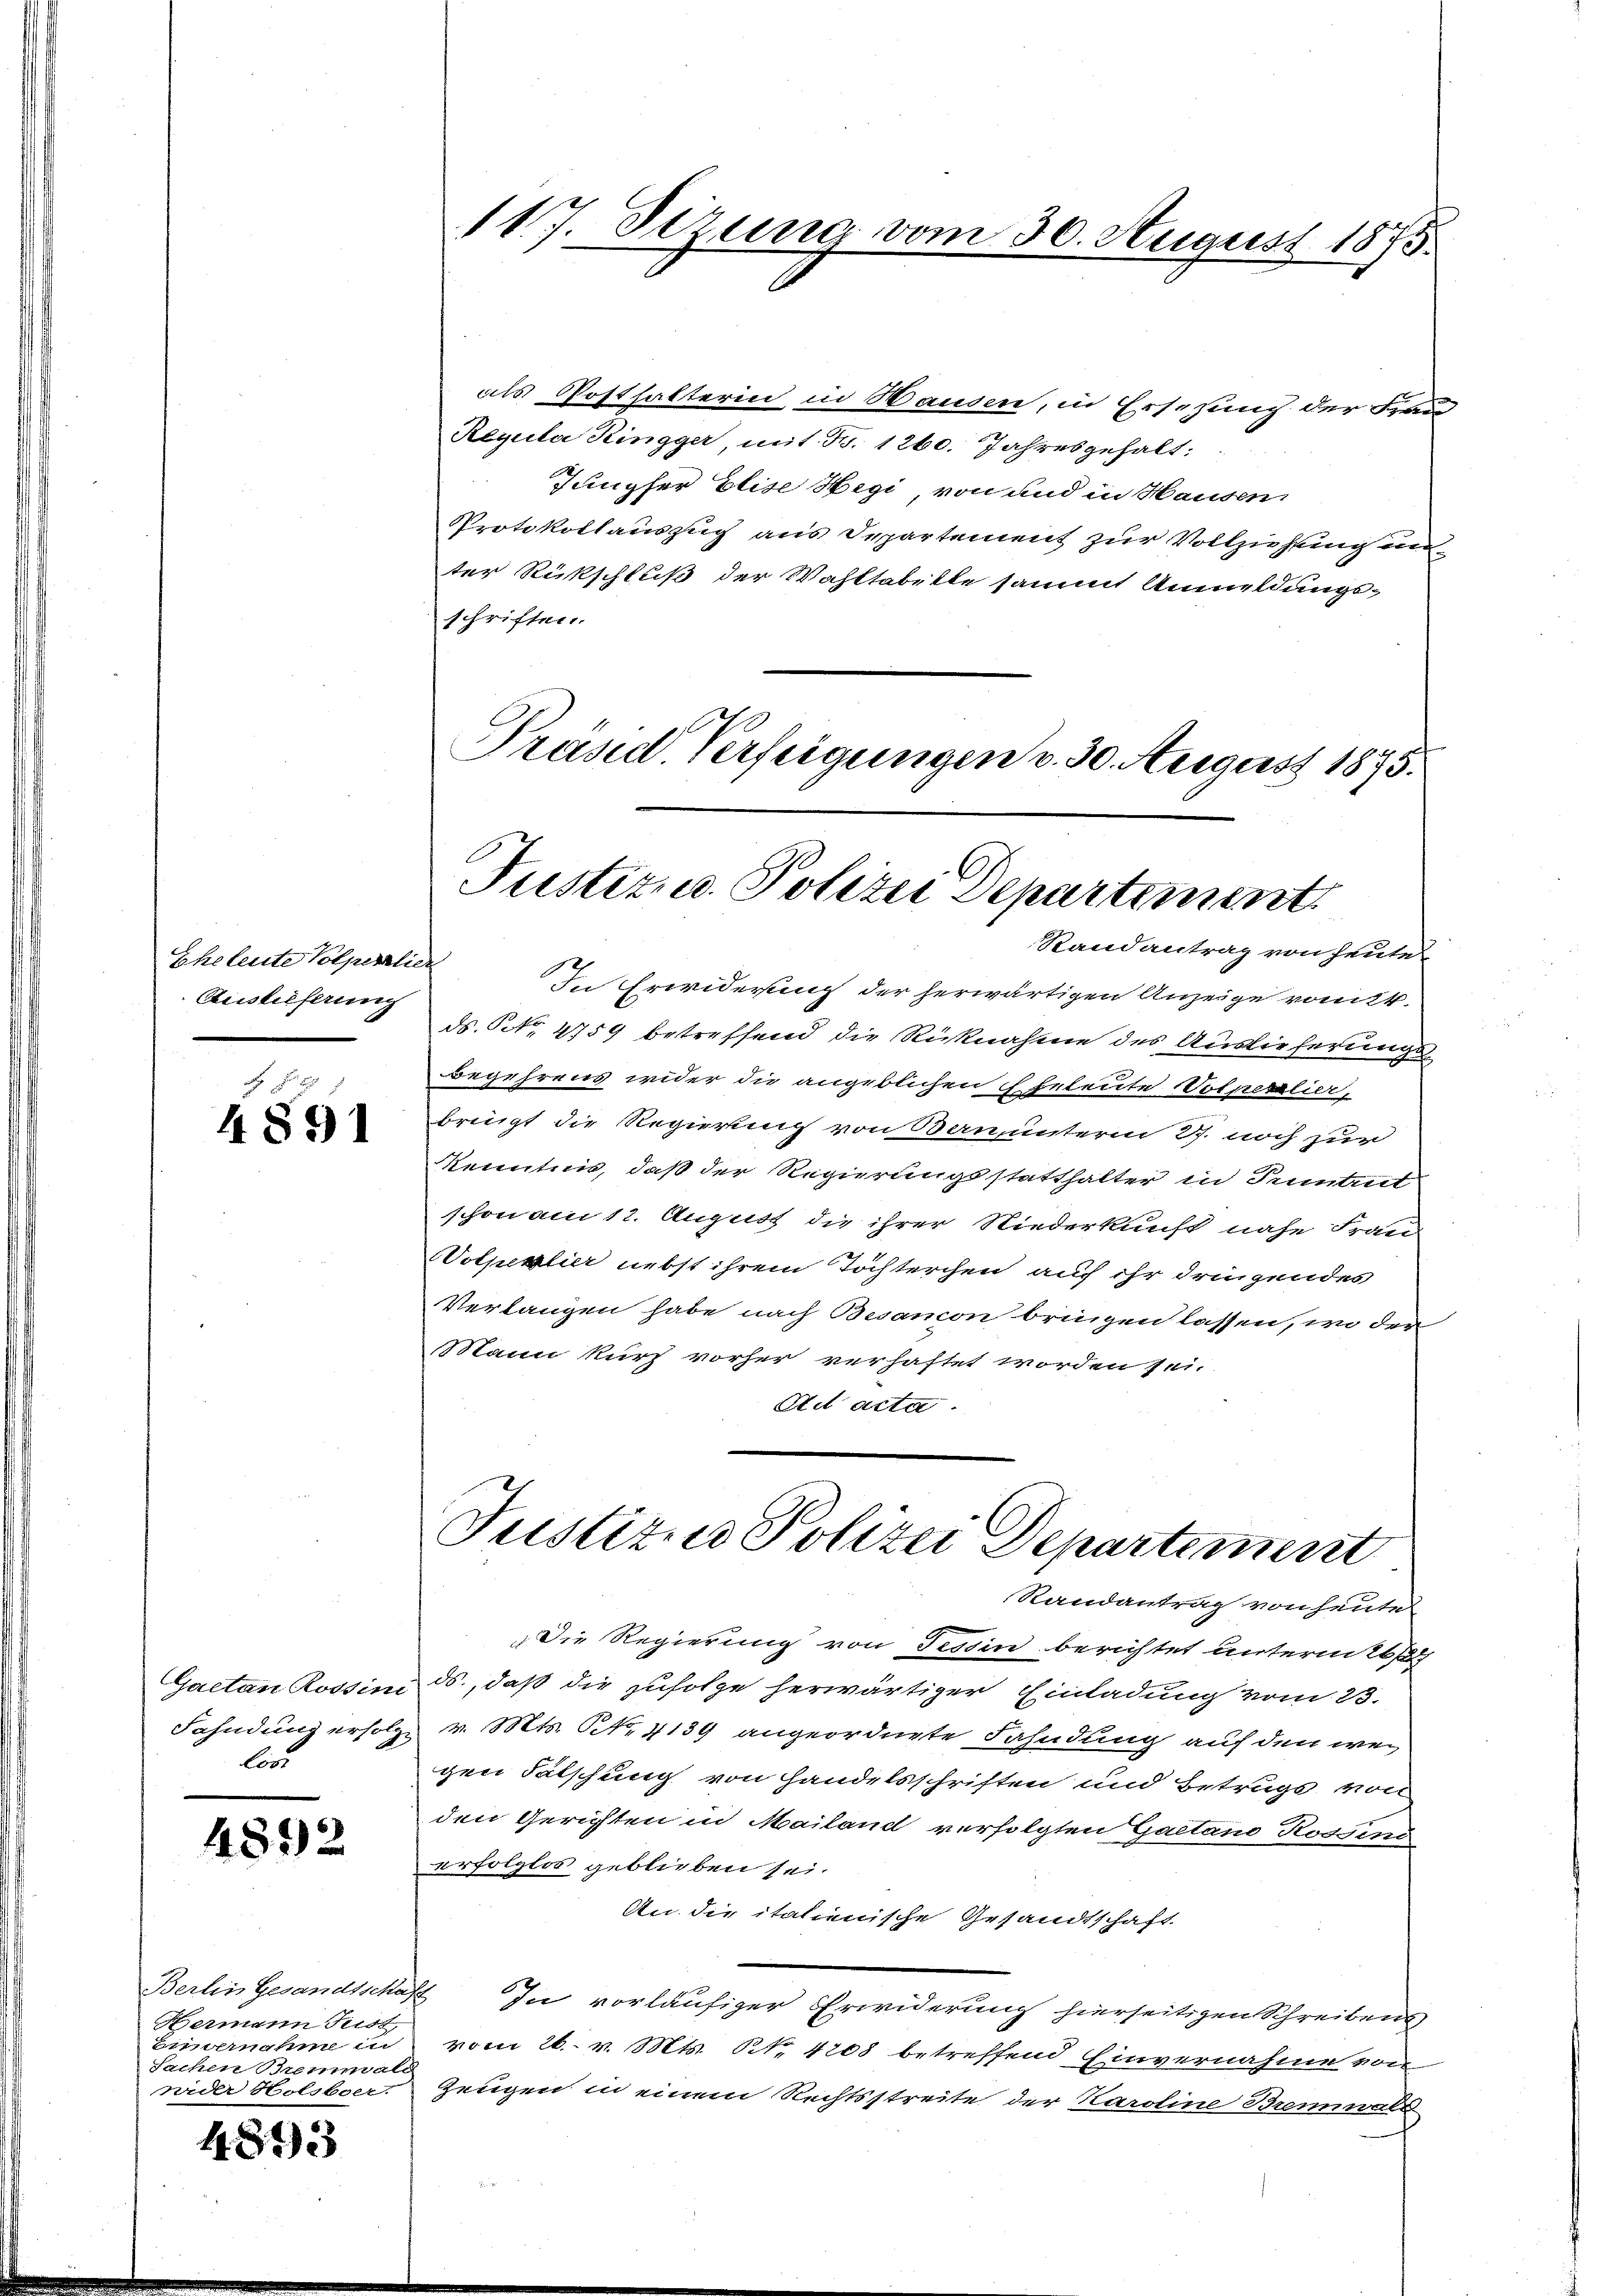
Eheleute Volperlier
Auslieferung

4891

Gaetan Rossini
Fahndung erfolge
les

4892

Hermann Frist,
Eimernahme in
Sachen Brennwald
nider Holsber.

4893

117. Sezung vom 30. August 1875

als Posthalterin in Wanden, in Ersezung der Frau
Regula Kingger, mit No. 1260. Jahresgehalt:
Jungfer Elise Hegi, von und in Hausen
Protokollauszug aus Departement zur Vollziehung unter Rückschluß der Wahltabette sammt Anmeldungsschriften.
Präsid. Verfeigungen v. 30. August 1875.

Justiz- u. Polizei Departement.

Randantrag von heute
In Erwiderung der herwärtigen Anzeige vom 24.
ds. No. 4759 betreffend die Rücknahme des Auslieferungs-
Begehrens wider die angeblichen Eheleute Notnerlier,
bringt die Regierung von Bauunterm 27. noch zur
Kenntnis, daß der Regierungsstatthalter in Tentrit
schon am 12. August die ihrer Niederkunft nahe Frau
otperlier nebst ihrem Töchterchen auf ihr dringendes
Verlangen habe nach Besancon bringen lassen, wo der
Mann kurz vorher verhaftet worden sei.
Ad acta

Justizen Polizei Departement

Randantrag von heute
Die Regierung von Tessin berichtet unterm 26
ds., daß die zufolge herwärtiger Einladung vom 23.
 v. Mts. No. 4139 angeordnete Fahndung auf den wei
gen Fälschung von Handelsschriften und Betrugs von
den Gerichten in Mailand verfolgten Gactand Rossend
erfolglos geblieben sei.
An die italienische Gesandtschaft
Berlin Gesandtschaft In vorläufiger Erwiderung hierseitigen Schreibens
vom 26. v. Mts. NNo. 4208 betreffend Einvernahme von
Zeugen in einem Rechtsstreite der Karoline Brennwald